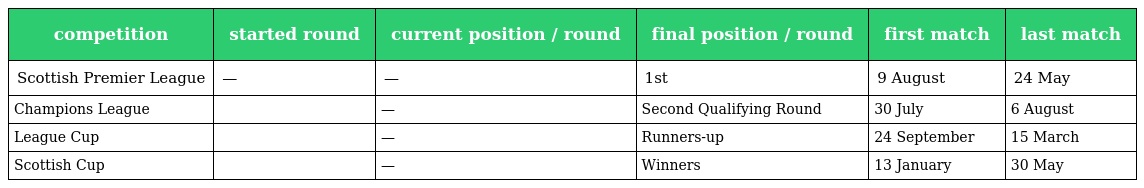
| competition | started round | current position / round | final position / round | first match | last match |
 | --- | --- | --- | --- | --- | --- |
 | Scottish Premier League | — | — | 1st | 9 August | 24 May |
 | Champions League |  | — | Second Qualifying Round | 30 July | 6 August |
 | League Cup |  | — | Runners-up | 24 September | 15 March |
 | Scottish Cup |  | — | Winners | 13 January | 30 May |